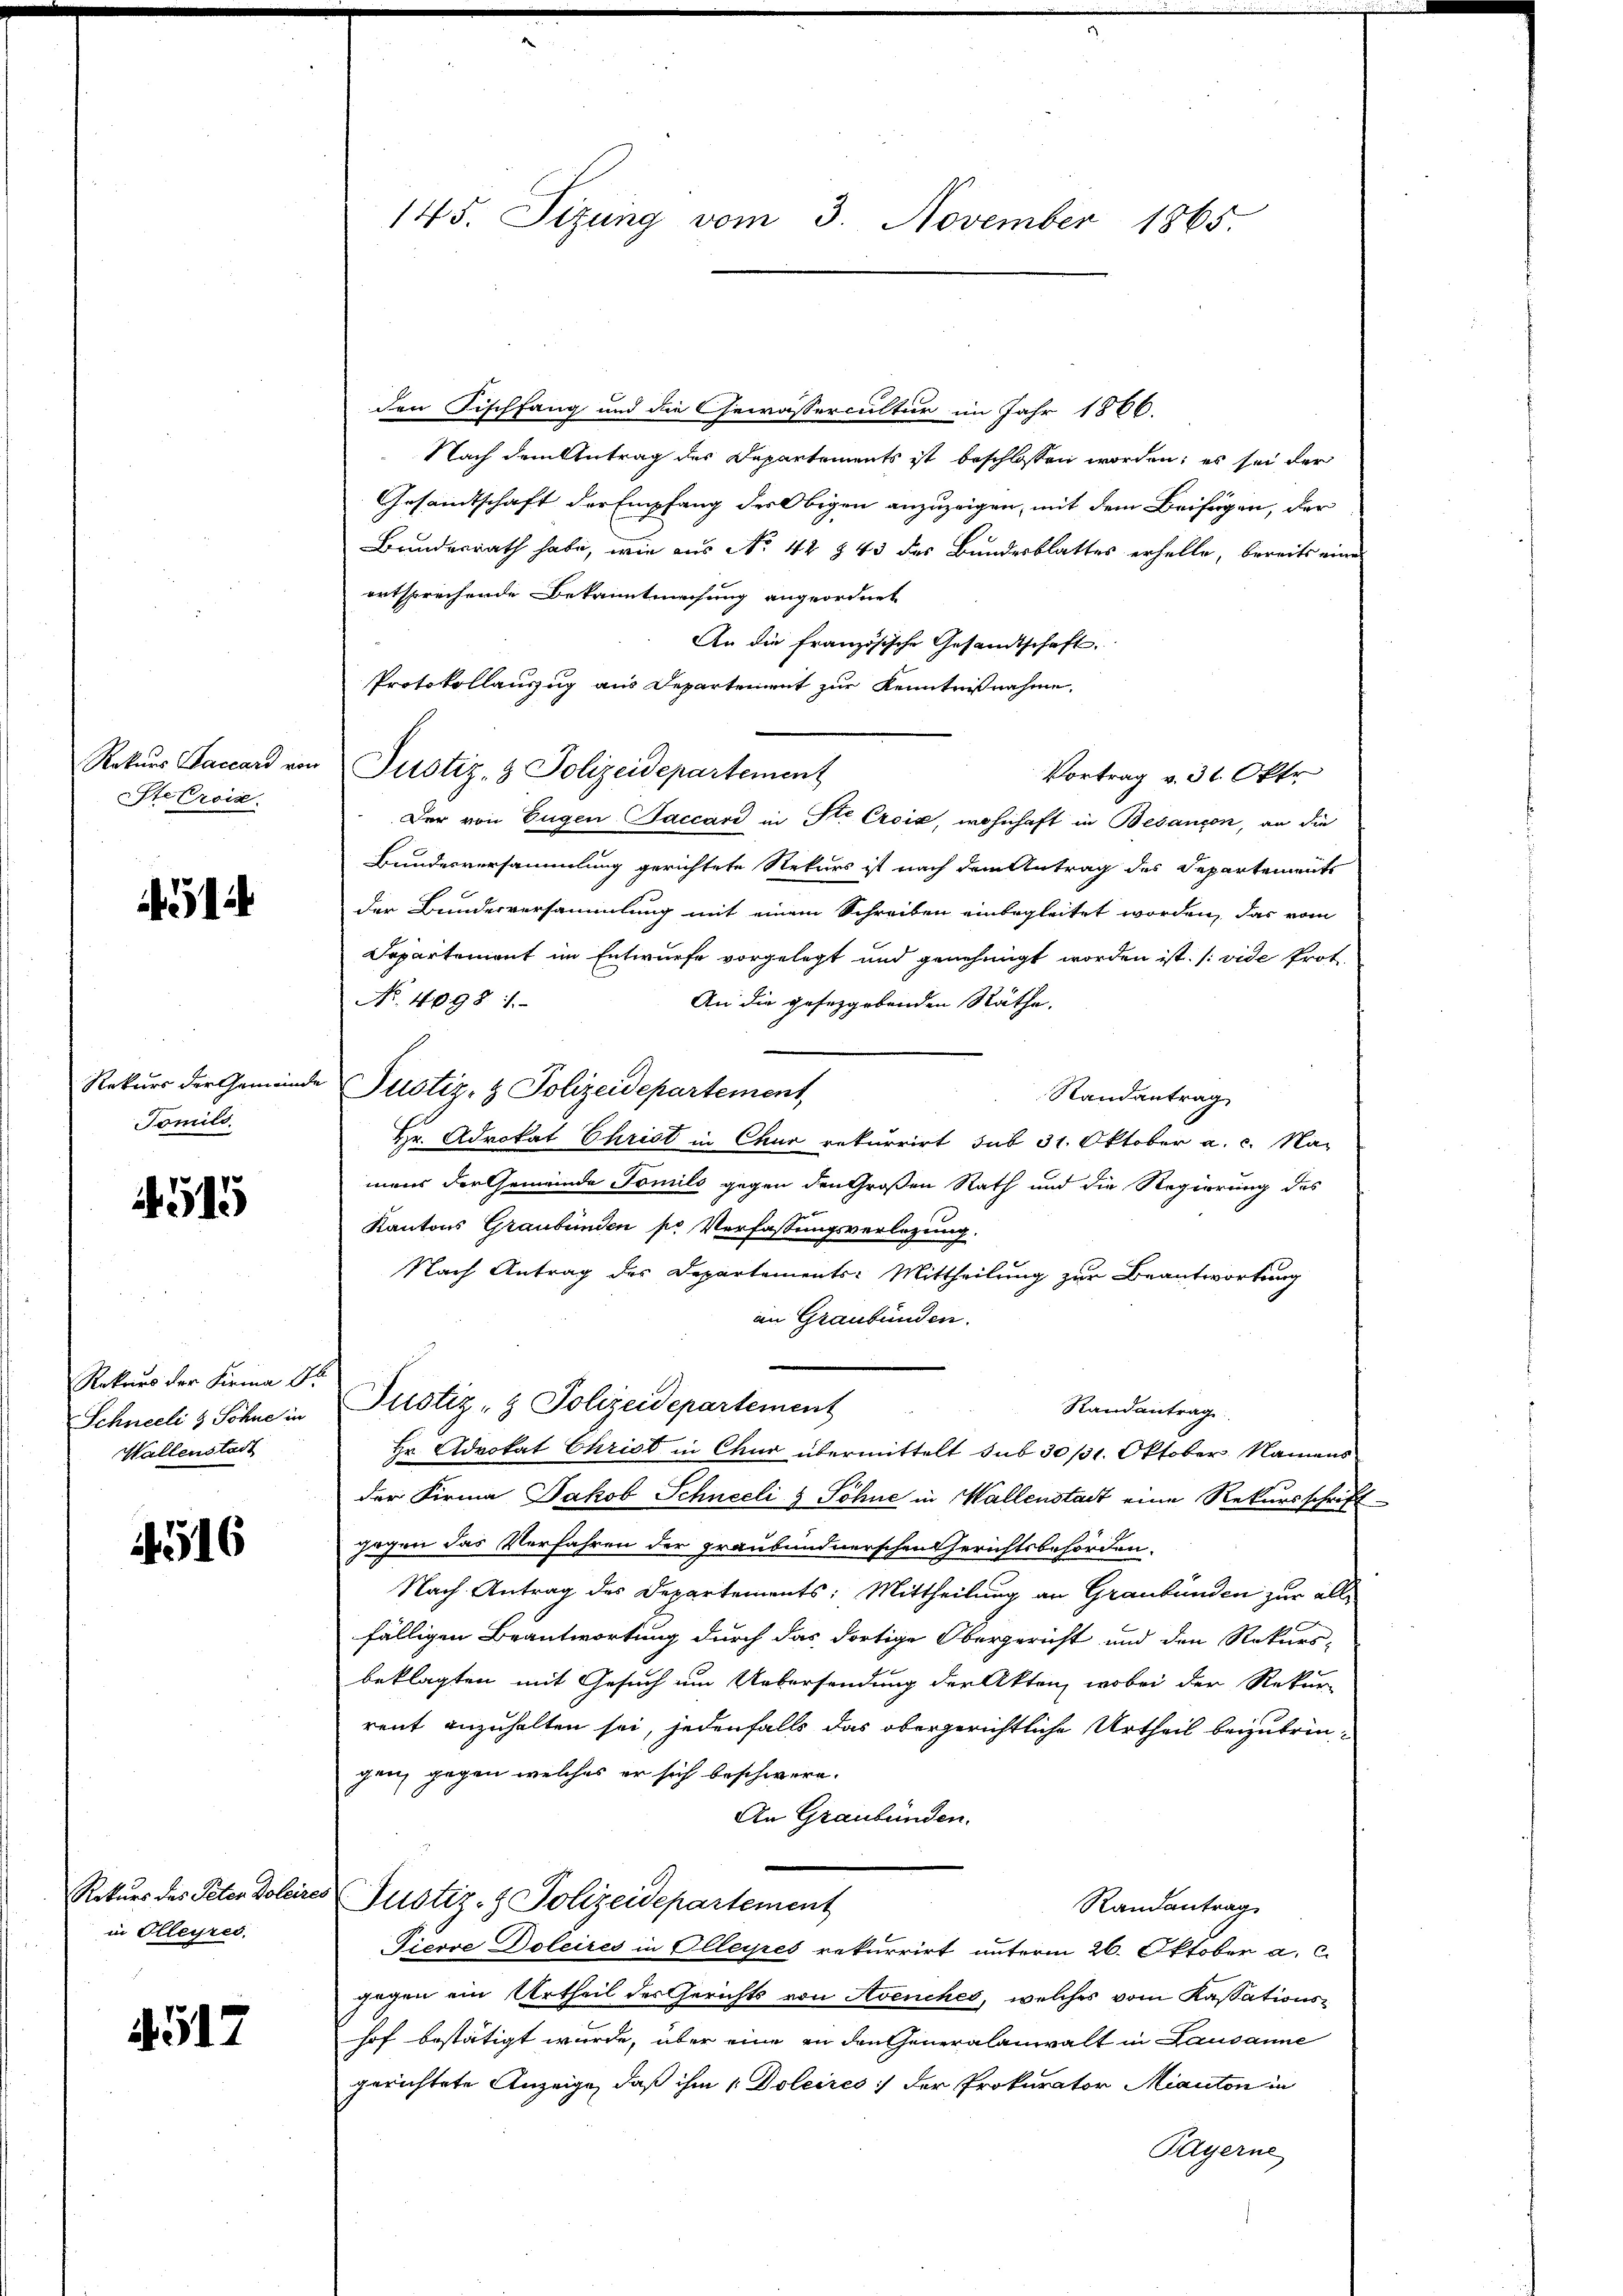
Rekurs Baccard von
Ste troise.

451

Rekurs der Gemeinde
Tomilo.

4515

Rekurs der Firma d
Schneeli & Schne in
Wallenstadt

4516

Rekurs des Peter Doleires
in Olleyres.

517

145. Sizung vom 3. November 1865

den Fischfang und die Gewässercultur im Jahr 1866.
Nach dem Antrag der Departements ist beschlossen worden; es sei der
Gesamtschaft der Empfang des Obigen anzuzeigen, mit dem Beifügen, der
Bundesrath habe, wie aus No 42 § 43 des Bundesblattes erhelle, bereits eine
entsprechende Bekanntmachung angeordnet
An die französische Gesandtschaft.
Protokollauszug aus Departement zur Kenntnißnahme,
Justiz- & Polizeidepartement
Der von Eugen accari in Str. Croix, wohnhaft in Bebancon, an die
Bundesversammlung gerichtete Rekurs ist nach dem Antrag des Departements
der Bundesversammlung mit einem Schreiben einbegleitet worden, das vom
Departement im Entwurfe vorgelegt und genehmigt worden ist. (vide Prot.
No. 4098
An die gesezgebenden Räthe.
Justiz- & Polizeidepartement,
Randantrag
Hr. Advokat Christ in Chur rekurrirt sub 31. Oktober a. c. Namens der Gemeinde Tomilo gegen den Großen Rath und die Regierung des
Kantons Graubünden pr Verfassungsverlegung.
Nach Antrag des Departements-Mittheilung zur Beantwortung
an Graubünden.
Justiz- & Polizeidepartement
Randantrag
Hr. Advokat Christ in Chur übermittelt sub 30 /1. Oktober. Namens
der Firma Jakob Schneeli- & Söhne in Wallenstadt eine Rekursschrift-
gegen das Verfahren der graubündnerschen Gerichtsbehörden.
Nach Antrag des Departements: Mittheilung an Graubünden zur alle
fälligen Beantwortung durch das dortige Obergericht und den Rekurs-
beklagten mit Gesuch um Uebersendung der Akten, wobei der Rekur-
rent anzuhalten sei, jedenfalls das obergerichtliche Urtheil beizubringen, gegen welches er sich beschwere.
An Graubünden.
Justiz- & Polizeidepartement
Randantrag
Fiesse Doleires in Elleyres rekurrirt unterm 26. Oktober a. c.
gegen ein Urtheil des Gerichts von Avenches, welches vom Kassationshof bestätigt wurde, aber eine an den Generalanwalt in Lausanne
gerichtete Anzeige, daß ihm 1 Doleires der Prokurator Miauton in
Bayerne

Vortrag v. 31. Oktr